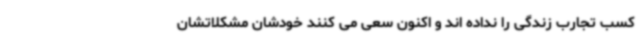
کسب تجارب زندگی را نداده اند و اکنون سعی می کنند خودشان مشکلاتشان